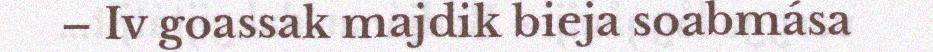
– Iv goassak majdik bieja soabmása